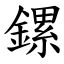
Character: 鏍